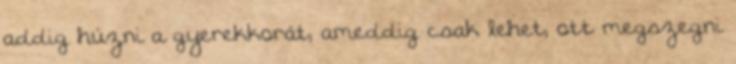
addig húzni a gyerekkorát, ameddig csak lehet, ott megszegni